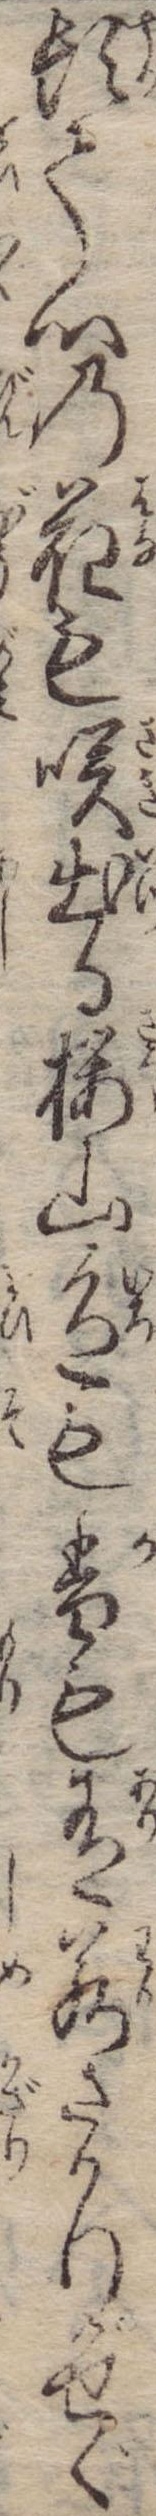
頓て心の花も咲出る桜山色も香も有若ざかりかせぐ